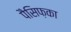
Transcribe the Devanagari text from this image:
पैसिफ़का